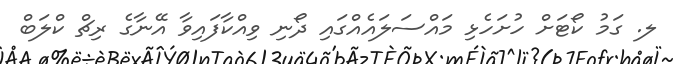
ލ. ގަމު ކޯޓަށް ހުށަހެޅި މައްސަލައެއްގައި ދޯނި ވިއްކާފައިވާ އޭނާގެ ރިޗް ކްލަބް